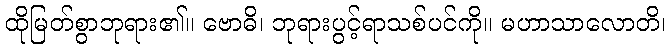
ထိုမြတ်စွာဘုရား၏။ ဗောဓိ၊ ဘုရားပွင့်ရာသစ်ပင်ကို။ မဟာသာလောတိ၊